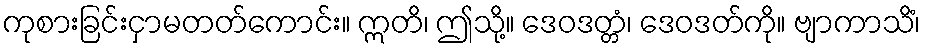
ကုစားခြင်းငှာမတတ်ကောင်း။ ဣတိ၊ ဤသို့။ ဒေဝဒတ္တံ၊ ဒေဝဒတ်ကို။ ဗျာကာသိံ၊